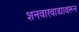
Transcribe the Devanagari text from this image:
शनवारवाड्यावरून